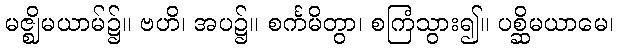
မဇ္ဈိမယာမ်၌။ ဗဟိ၊ အပ၌။ စင်္ကမိတွာ၊ စကြံသွား၍။ ပစ္ဆိမယာမေ၊